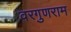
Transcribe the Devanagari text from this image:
वरगुणराम